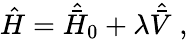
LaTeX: \hat{H}=\hat{\bar{H}}_{0}+\lambda\hat{\bar{V}}\; ,